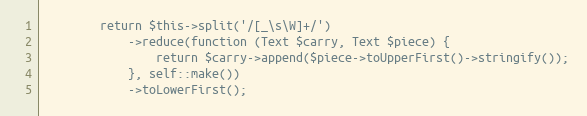
Language: PHP
        return $this->split('/[_\s\W]+/')
            ->reduce(function (Text $carry, Text $piece) {
                return $carry->append($piece->toUpperFirst()->stringify());
            }, self::make())
            ->toLowerFirst();